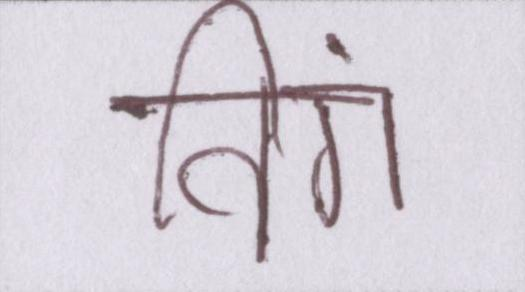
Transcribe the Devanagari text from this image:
विंग